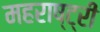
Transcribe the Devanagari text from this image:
महराष्ट्री